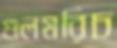
গুলমরিচ